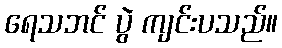
ရေသဘင် ပွဲ ကျင်းပသည်။